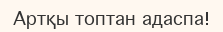
Артқы топтан адаспа!